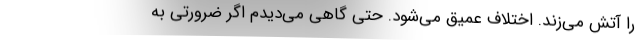
را آتش می‌زند. اختلاف عمیق می‌شود. حتی گاهی می‌دیدم اگر ضرورتی به